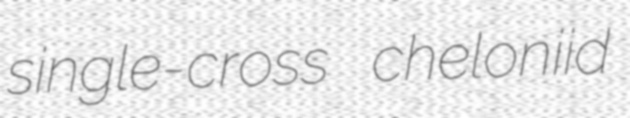
single-cross cheloniid